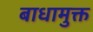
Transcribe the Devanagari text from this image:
बाधामुक्त